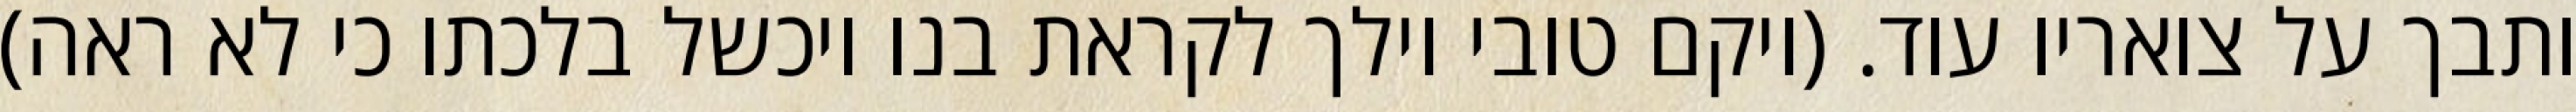
ותבך על צואריו עוד. (ויקם טובי וילך לקראת בנו ויכשל בלכתו כי לא ראה)